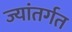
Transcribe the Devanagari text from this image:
ज्यांतर्गत